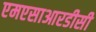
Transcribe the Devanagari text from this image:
एमएसाआरडीसी